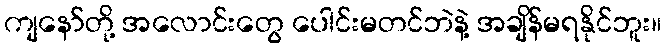
ကျနော်တို့ အလောင်းတွေ ပေါင်းမတင်ဘဲနဲ့ အချိန်မရနိုင်ဘူး။